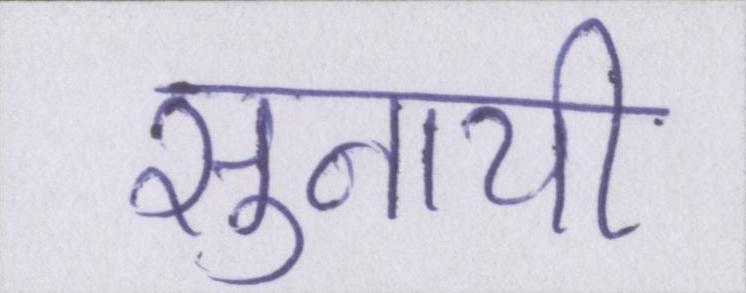
सुनायी